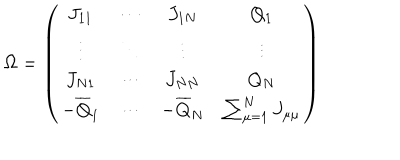
\Omega = \left( \begin{array} { c c c c } { { J _ { 1 1 } } } & { { \cdots } } & { { J _ { 1 N } } } & { { Q _ { 1 } } } \\ { { \vdots } } & { { \ddots } } & { { \vdots } } & { { \vdots } } \\ { { J _ { N 1 } } } & { { \cdots } } & { { J _ { N N } } } & { { Q _ { N } } } \\ { { - { \overline { { { Q } } } } _ { 1 } } } & { { \cdots } } & { { - { \overline { { { Q } } } } _ { N } } } & { { \sum _ { \mu = 1 } ^ { N } J _ { \mu \mu } } } \\ \end{array} \right)